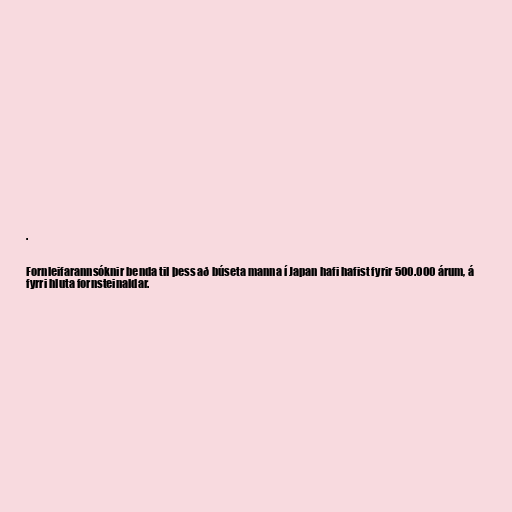
.

Fornleifarannsóknir benda til þess að búseta manna í Japan hafi hafist fyrir 500.000 árum, á
fyrri hluta fornsteinaldar.